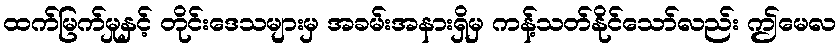
ထက်မြက်မှုနှင့် တိုင်းဒေသများမှ အခမ်းအနားရှိမှ ကန့်သတ်နိုင်သော်လည်း ဤမေလ